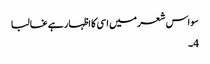
سو اس شعر میں اسی کا اظہار ہے غالبا
4۔